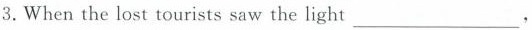
3. When the lost tourists saw the light___,